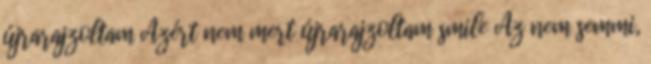
újrarajzoltam Azért nem mert újrarajzoltam smile Az nem semmi,